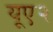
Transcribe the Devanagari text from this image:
यूए२